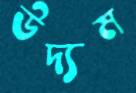
উদ্যম